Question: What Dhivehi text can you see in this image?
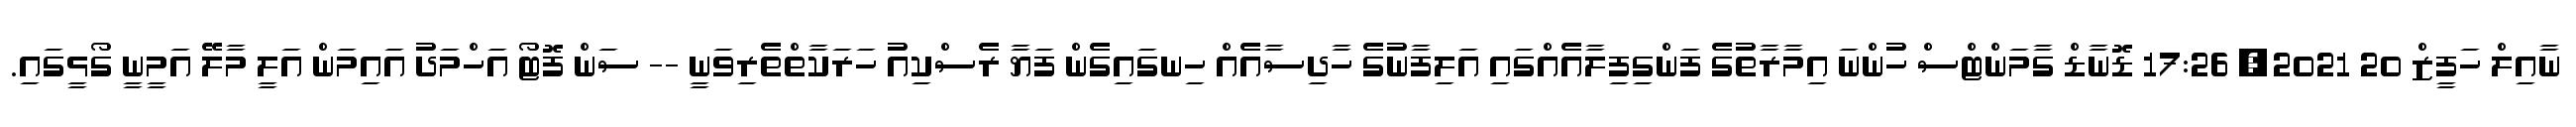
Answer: ނާއިލް ހަފީޒް 20 2021, 17:26 ޑޮނާޑް ގާމަންޓްސް ހުންނަ އިމާރާތުގެ ފަންގިފިލާއެއްގައި އަލިފާނުގެ ހާދިސާއެއް ހިނގައިގެން ފަޔާ ރެސްކިއު ހަރަކާތްތެރިވަނީ -- ސަން ފޮޓޯ އަހްމަދު އައިމަން އަލީ މާލޭ އަމީނީ ގޯޅީގައި.